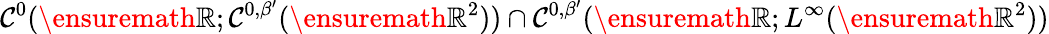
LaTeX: \mathcal{C}^{0}(\ensuremath{{\mathbb{{R}}}};\mathcal{C}^{0,\beta^{\prime}}(\ensuremath{{\mathbb{{R}}}}^{2}))\cap\mathcal{C}^{0,\beta^{\prime}}(\ensuremath{{\mathbb{{R}}}};L^{\infty}(\ensuremath{{\mathbb{{R}}}}^{2}))